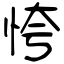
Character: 恗